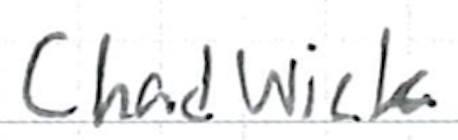
Text: Chadwick
Cross-out: clean
Writing tool: ballpoint